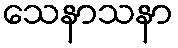
သေနာသနာ